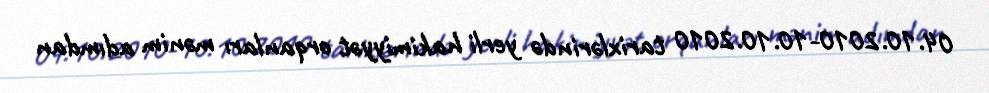
04.10.2010-10.10.2010 tarixlərində yerli hakimiyyət orqanları mənim adımdan